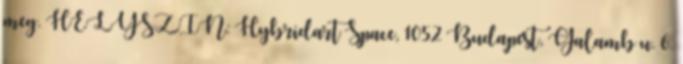
meg. HELYSZÍN: Hybridart Space, 1052 Budapest, Galamb u. 6.